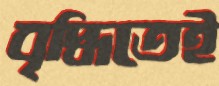
বৃদ্ধিতেই